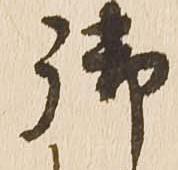
御